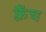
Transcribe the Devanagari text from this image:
फ़्रैंच